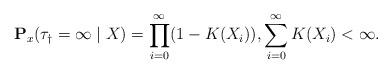
LaTeX: \begin{align*}\mathbf{P}_x(\tau_\dagger = \infty \mid X) = \prod_{i=0}^\infty (1-K(X_i)), \sum_{i=0}^\infty K(X_i) <\infty.\end{align*}